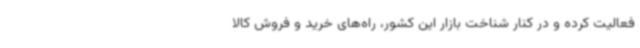
فعالیت کرده و در کنار شناخت بازار این کشور، راه‌های خرید و فروش کالا